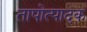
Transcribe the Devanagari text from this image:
तापोत्पादक